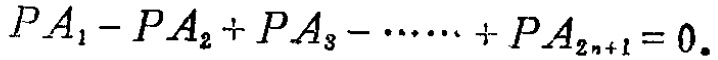
\[
PA_1 - PA_2 + PA_3 - \cdots\cdots + PA_{2n + 1} = 0.
\]